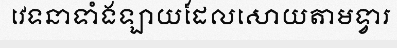
វេទនាទាំងឡាយដែលសោយតាមទ្វារ